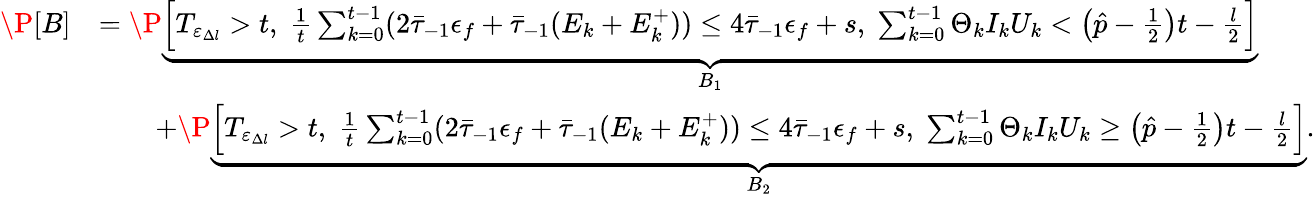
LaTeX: \begin{array}{rl}{\P[B]}&{=\P\underbrace{\left[T_{\varepsilon_{\Delta l}}>t,\; \frac{1}{t}\sum_{k=0}^{t-1}(2\bar{\tau}_{-1}\epsilon_{f}+\bar{\tau}_{-1}(E_{k}+E_{k}^{+}))\leq 4\bar{\tau}_{-1}\epsilon_{f}+s,\; \sum_{k=0}^{t-1}\Theta_{k}I_{k}U_{k}<\left(\hat{p}-\frac 12\right)t-\frac{l}{2}\right]}_{B_{1}}}\\ &{\qquad+\P\underbrace{\left[T_{\varepsilon_{\Delta l}}>t,\; \frac{1}{t}\sum_{k=0}^{t-1}(2\bar{\tau}_{-1}\epsilon_{f}+\bar{\tau}_{-1}(E_{k}+E_{k}^{+}))\leq 4\bar{\tau}_{-1}\epsilon_{f}+s,\; \sum_{k=0}^{t-1}\Theta_{k}I_{k}U_{k}\geq\left(\hat{p}-\frac 12\right)t-\frac{l}{2}\right]}_{B_{2}}.}\end{array}